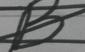
Signature authenticity: forged